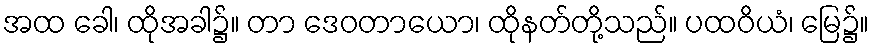
အထ ခေါ၊ ထိုအခါ၌။ တာ ဒေဝတာယော၊ ထိုနတ်တို့သည်။ ပထဝိယံ၊ မြေ၌။